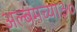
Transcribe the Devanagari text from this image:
अल्बमच्या३०